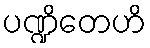
ပဏ္ဍိတေဟိ